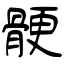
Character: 骾